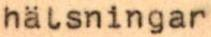
hälsningar